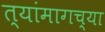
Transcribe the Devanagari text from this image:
त्यांमागच्या